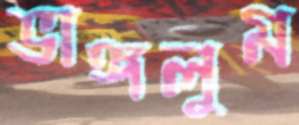
ভাঙ্গলুম